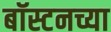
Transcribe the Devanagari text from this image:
बॉस्टनच्या